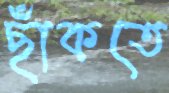
ছাঁকতে